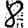
Digit: 8